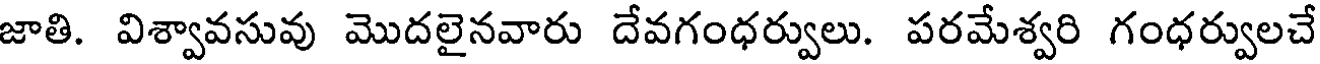
జాతి. విశ్వావసువు మొదలైనవారు దేవగంధర్వులు. పరమేశ్వరి గంధర్వులచే